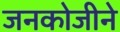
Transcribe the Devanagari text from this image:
जनकोजीने